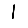
Digit: 1